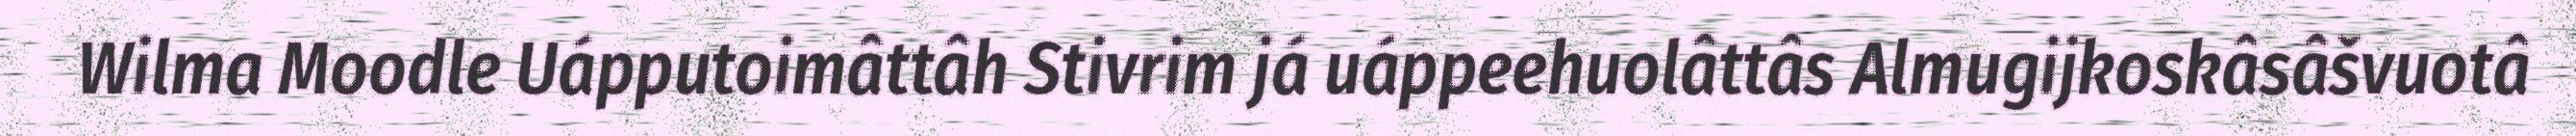
Wilma Moodle Uápputoimâttâh Stivrim já uáppeehuolâttâs Almugijkoskâsâšvuotâ